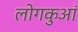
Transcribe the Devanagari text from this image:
लोगकुआं